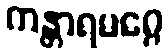
ကန္တာရမဂ္ဂေ